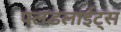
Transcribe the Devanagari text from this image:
फ्लडलाईट्स